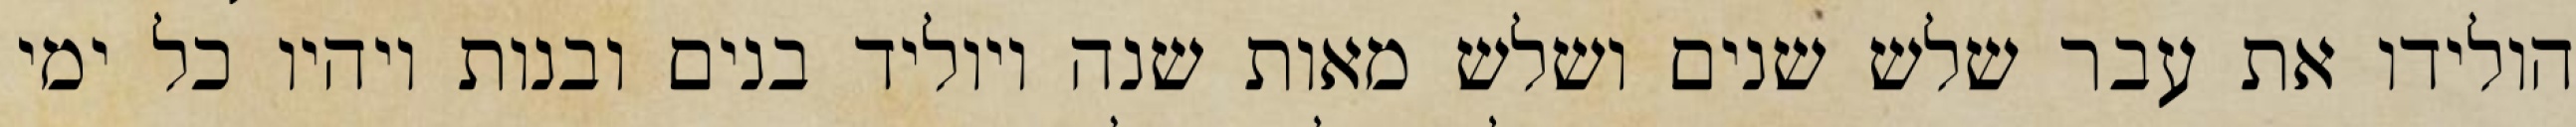
הולידו את עבר שלש שנים ושלש מאות שנה ויוליד בנים ובנות ויהיו כל ימי